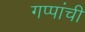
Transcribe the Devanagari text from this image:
गप्पांची